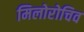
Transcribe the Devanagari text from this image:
मिलोरोचिव